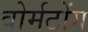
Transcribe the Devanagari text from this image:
वोर्मटोंग